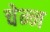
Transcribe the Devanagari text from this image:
चेन्न